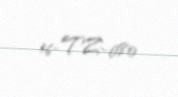
16-TZ-080